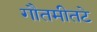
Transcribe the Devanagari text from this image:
गौतमीतटे